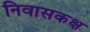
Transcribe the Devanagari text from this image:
निवासकक्ष